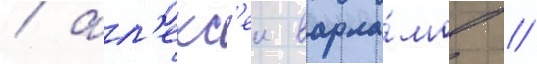
/ ал'екс'еи варла́мов /